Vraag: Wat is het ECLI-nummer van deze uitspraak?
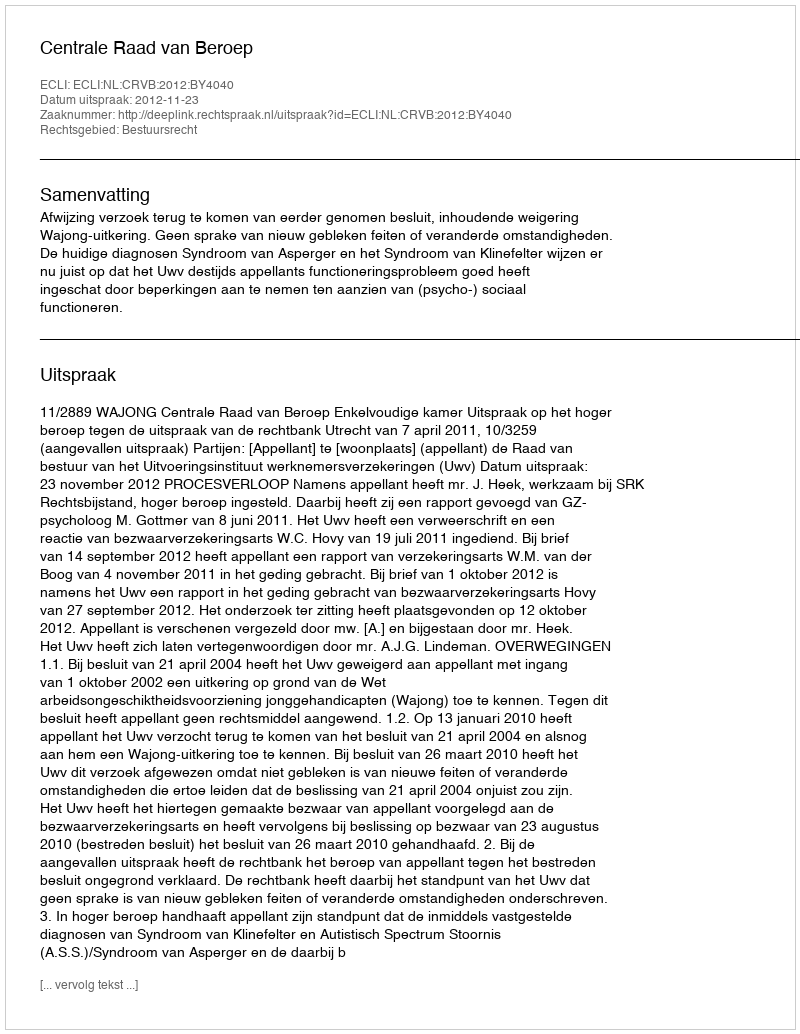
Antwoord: ECLI:NL:CRVB:2012:BY4040